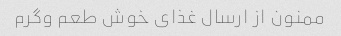
ممنون از ارسال غذای خوش طعم وگرم